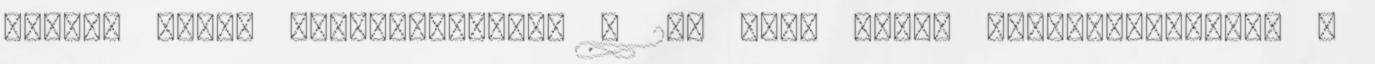
palack csere kiszállítással . 2-4 órán belül Házhozszállítás ,